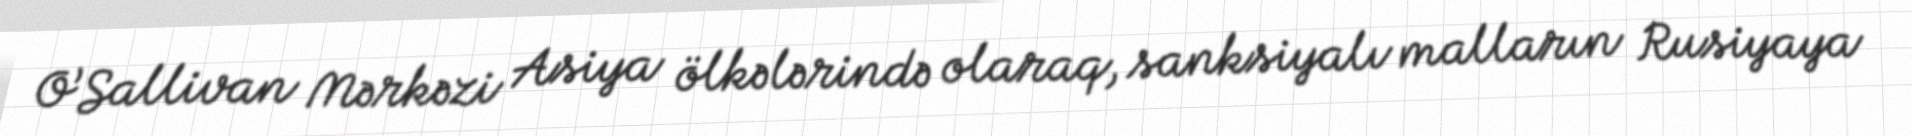
O’Sallivan Mərkəzi Asiya ölkələrində olaraq, sanksiyalı malların Rusiyaya